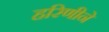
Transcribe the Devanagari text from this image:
हरिणीने